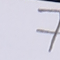
7